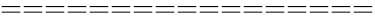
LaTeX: =================